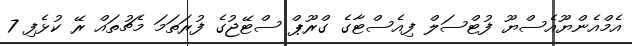
އެމްއެންޔޫއެސްޔޫ ފުޓްސަލް ފިއެސްޓާގެ ގްރޫޕް ސްޓޭޖުގެ ފުރަތަމަ މެޗުތައް ރޭ ކުޅެފި 7